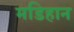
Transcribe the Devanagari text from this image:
मडिहान